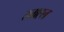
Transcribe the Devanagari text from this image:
स्ताह्ल